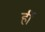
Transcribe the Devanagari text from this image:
र्ही